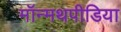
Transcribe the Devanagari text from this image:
मॉन्मथपीडिया